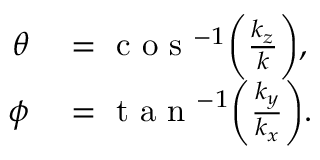
\begin{array} { r l } { \theta } & { { } = \mathrm { ~ c ~ o ~ s ~ } ^ { - 1 } \bigg ( \frac { k _ { z } } { k } \bigg ) , } \\ { \phi } & { { } = \mathrm { ~ t ~ a ~ n ~ } ^ { - 1 } \bigg ( \frac { k _ { y } } { k _ { x } } \bigg ) . } \end{array}